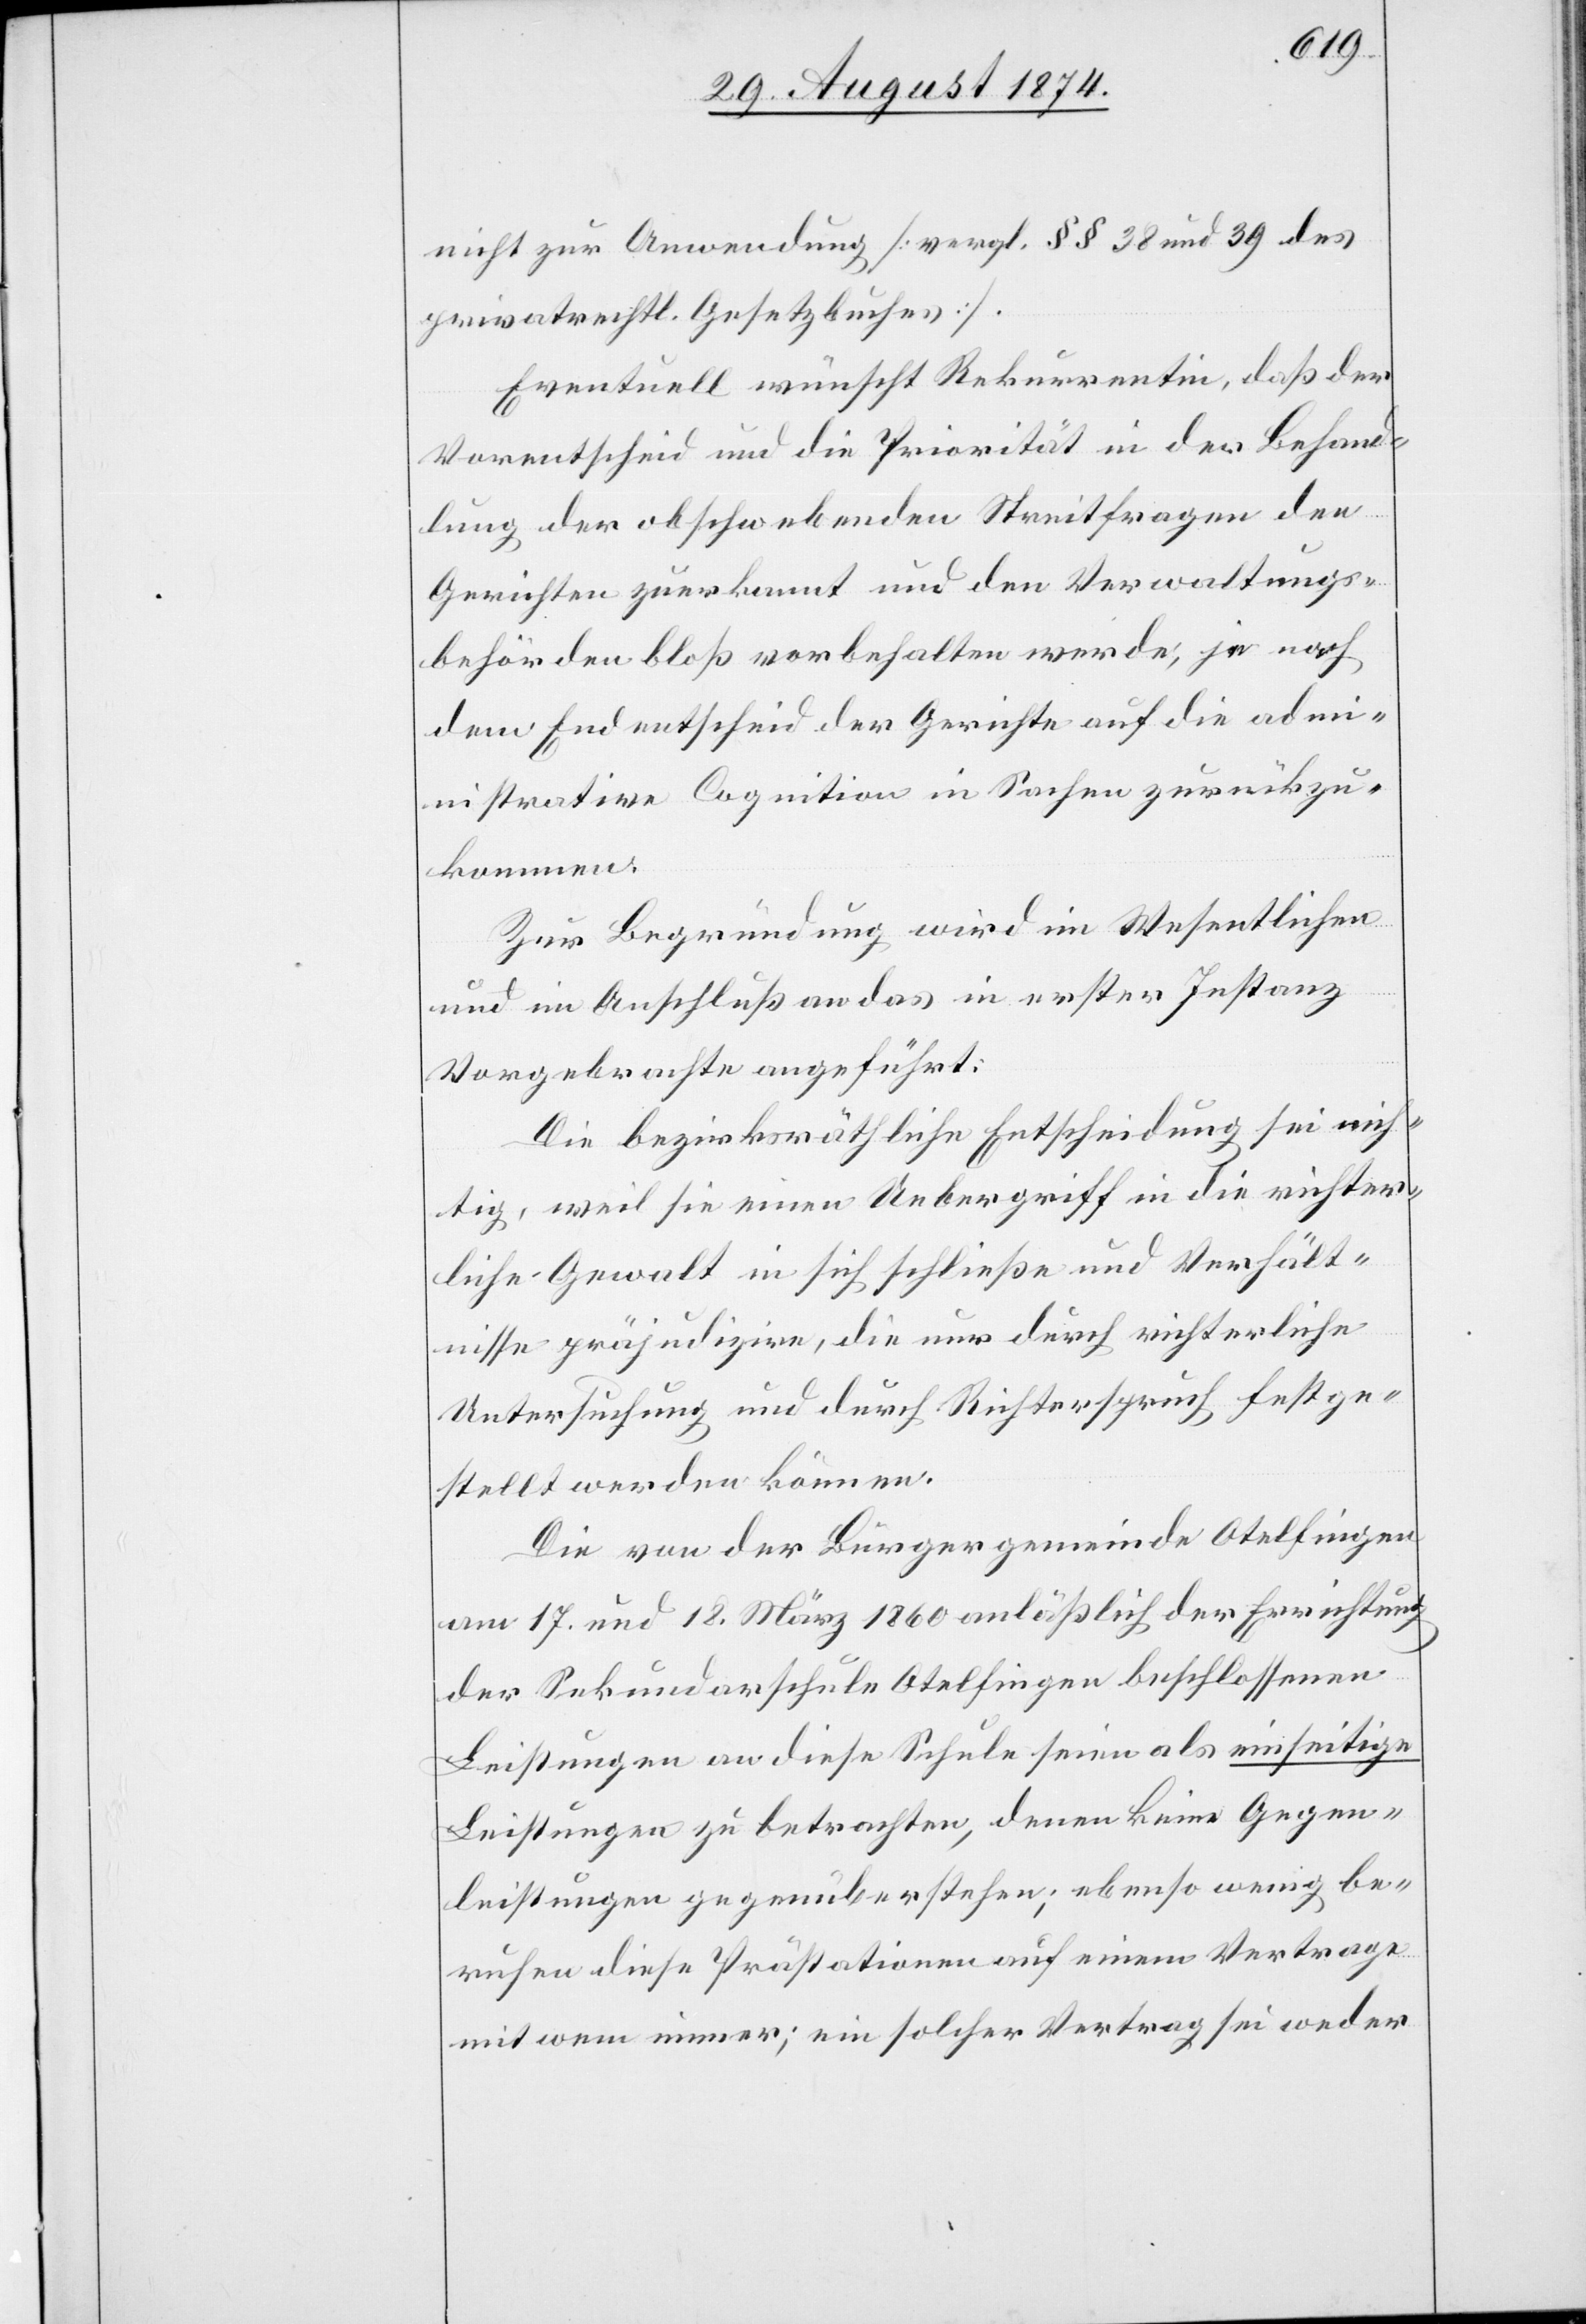
nicht zur Anwendung [vergl. §§ 38 und 39 des
privatrechtl. Gesetzbuches].
Eventuell wünscht Rekurrentin, daß der
Vorentscheid und die Priorität in der Behand¬
lung der obschwebenden Streitfragen den
Gerichten zuerkannt und den Verwaltungs¬
behörden bloß vorbehalten werde, je nach
dem Endentscheid der Gerichte auf die adm¬
inistrative Cognition in Sachen zurückzu¬
kommen.
Zur Begründung wird im Wesentlichen
und im Anschluß an das in erster Instanz
Vorgebrachte angeführt:
Die bezirksräthliche Entscheidung sei nich¬
tig, weil sie einen Uebergriff in die richter¬
liche Gewalt in sich schließe und Verhält¬
nisse präjudizire, die nur durch richterliche
Untersuchung und durch Richtespruch festge¬
stellt werden können.
Die von der Bürgergemeinde Otelfingen
am 17. und 18. März 1860 anläßlich der Errichtung
der Sekundarschule Otelfingen beschlossenen
Leistungen an diese Schule seien als einseitige
Leistungen zu betrachten, denen keine Gegen¬
leistungen gegenüberstehe; ebenso wenig be¬
ruhen diese Prästationen auf einem Vertrage
mit wem immer; ein solcher Vertrag sei weder